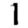
Digit: 1